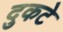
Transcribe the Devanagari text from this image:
दुकटे